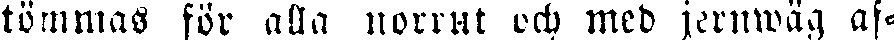
tömmas för alla norrut och med jernwäg af-